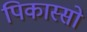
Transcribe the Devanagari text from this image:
पिकास्सो